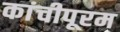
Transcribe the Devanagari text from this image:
कांचीपूरम